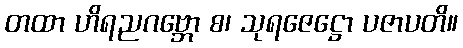
တထာ ဟိရညဂဗ္ဘော စ၊ သုရဇေဋ္ဌော ပဇာပတိ။